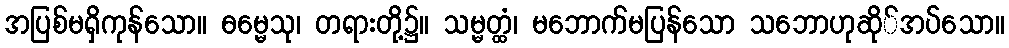
အပြစ်မရှိကုန်သော။ ဓမ္မေသု၊ တရားတို့၌။ သမ္မတ္ထံ၊ မဘောက်မပြန်သော သဘောဟုဆို်အပ်သော။